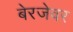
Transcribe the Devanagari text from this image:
बेरजेवर